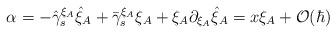
LaTeX: \begin{align*} \alpha = - \hat{\gamma}^{\xi_A}_s \hat{\xi}_A + \bar{\gamma}^{\xi_A}_s \xi_A + \xi_A \partial_{\xi_A} \hat{\xi}_A = x \xi_A + {\cal O} (\hbar )\end{align*}